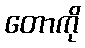
တောကို